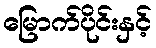
မြောက်ပိုင်းနှင့်